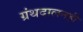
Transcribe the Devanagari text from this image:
ग्रंथदालनही